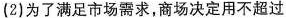
(2)为了满足市场需求，商场决定用不超过